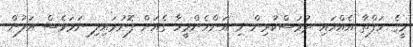
މީގެ ހަފްތާ އެއްހައި ދުވަސްކުރިން މި އަންހެންމީހާ ގެއަށް ފޮނުވައިލި ނަމަވެސް އަލުން